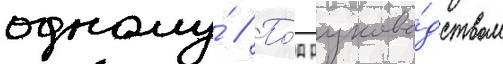
одному́ // По́д руково́дством